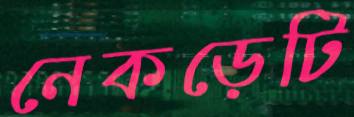
নেকড়েটি